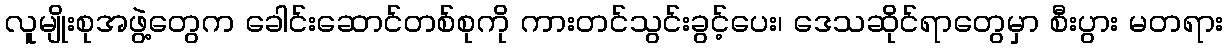
လူမျိုးစုအဖွဲ့တွေက ခေါင်းဆောင်တစ်စုကို ကားတင်သွင်းခွင့်ပေး၊ ဒေသဆိုင်ရာတွေမှာ စီးပွား မတရား